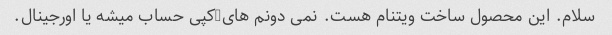
سلام. این محصول ساخت ویتنام هست. نمی دونم های-کپی حساب میشه یا اورجینال.